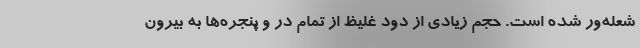
شعله‌ور شده است. حجم زیادی از دود غلیظ از تمام در و پنجره‌ها به بیرون